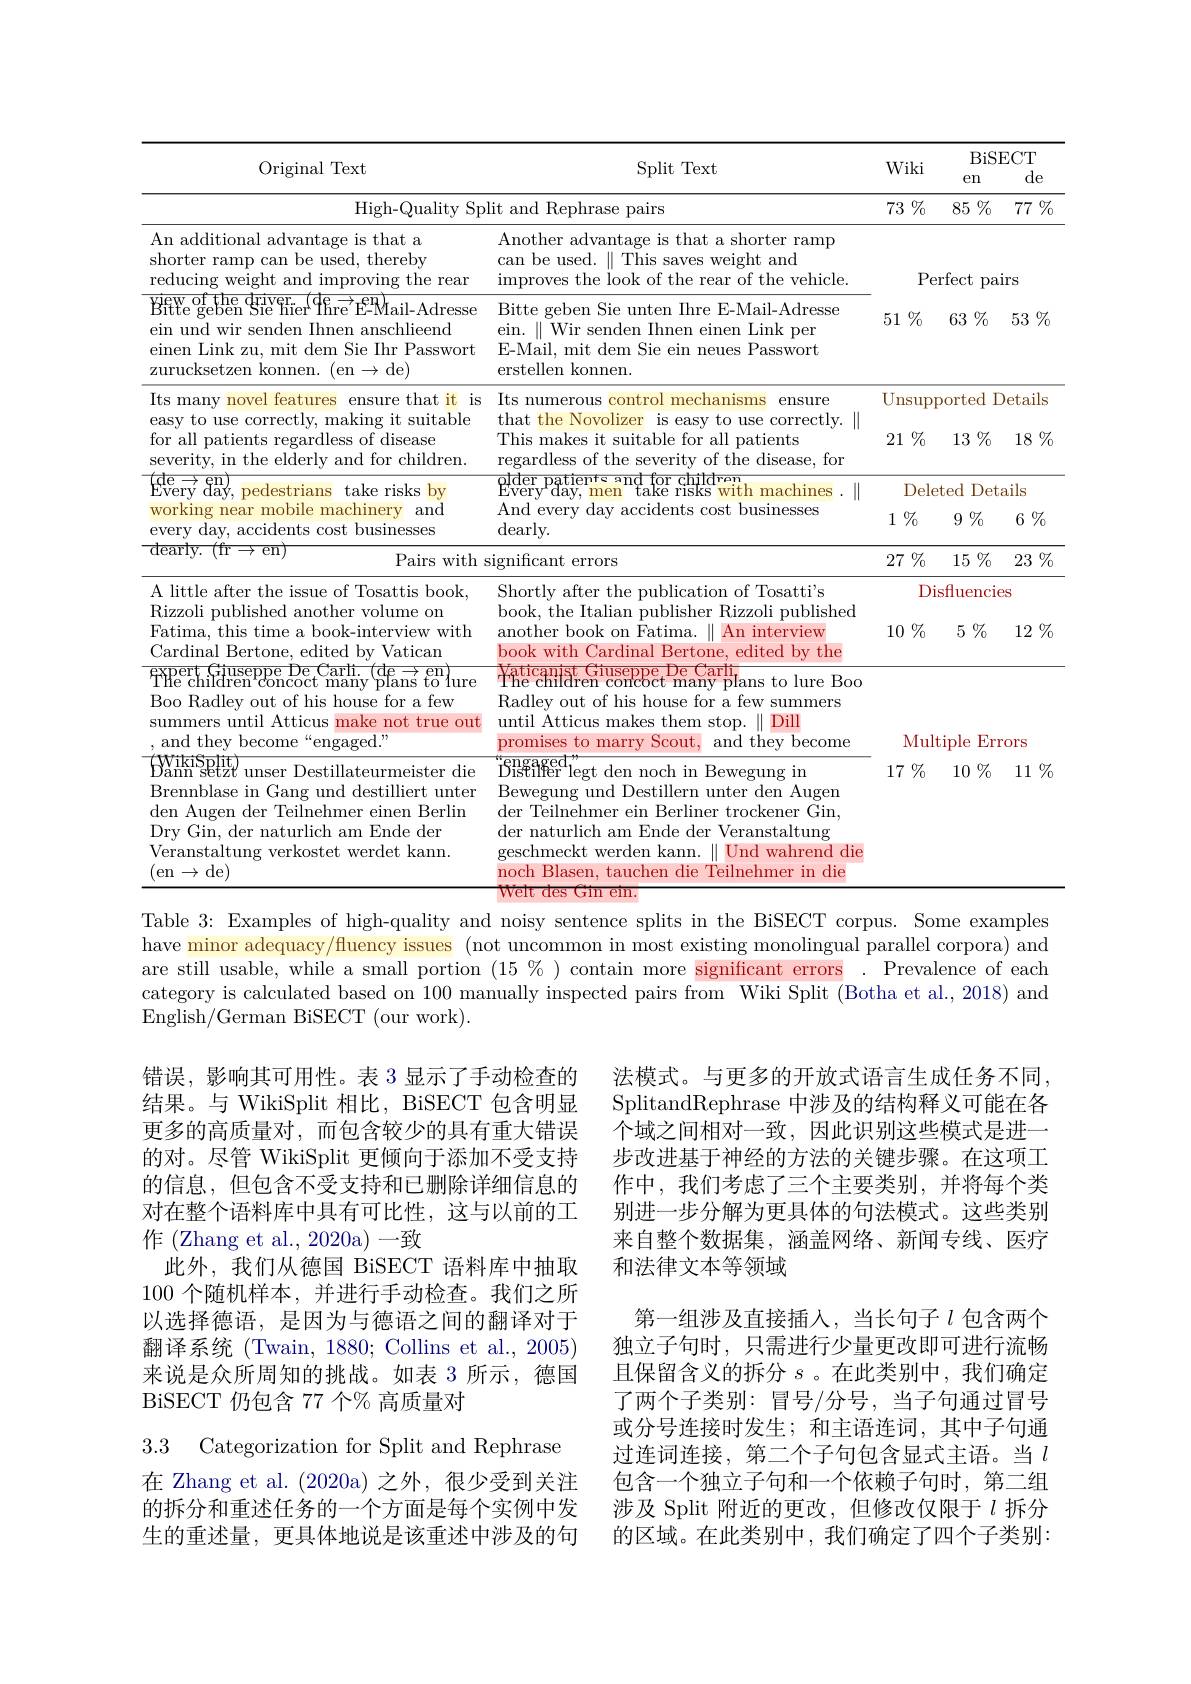
<table>
	<tbody>
		<tr>
			<td>Original Text</td>
			<td>Split Text</td>
			<td>Wiki</td>
			<td>Dlon $en$</td>
			<td> de</td>
		</tr>
		<tr>
			<th>High-Quality Sp</th>
			<th>it and Rephrase pairs</th>
			<th>73 $\%$</th>
			<th>$85\%$</th>
			<th>$\%$ 77</th>
		</tr>
		<tr>
			<td>An additional advantage is that a shorter ramp can be used, thereby reducing weight and improving the rear</td>
			<td>Another advantage is that a shorter ramp can be used.$\parallel$This saves weight and improves the look of the rear of the vehicle.</td>
			<td>Pe</td>
			<td>rfect pal</td>
			<td>$rS$</td>
		</tr>
		<tr>
			<td>${\mathrm{Bitte~geben~Sie~hier}}^{\mathrm{iew~of~the~driver}}{\mathrm{Phre~E-Mail-Adresse}}$ $\mathop{\mathrm{ew~of~the~driven}}_{\mathrm{ser~se~h}}$ ein und wir senden Ihnen anschlieend einen Link zu, mit dem Sie Ihr Passwort zurucksetzen konnen. (en$\to$de)</td>
			<td>Bitte geben Sie unten Ihre E-Mail-Adresse ein. $\parallel$Wir senden Ihnen einen Link per E-Mail. mit dem Sie ein neues Passwort erstellen konnen.</td>
			<td>51 $\%$</td>
			<td>$63\%$</td>
			<td>53 $\%$</td>
		</tr>
		<tr>
			<td>Its many novel features ensure that it is easy to use correctly, making it suitable for all patients regardless of disease severity, in the elderlv and for children.</td>
			<td>Its numerous control mechanisms ensure that the Novolizer is easy to use correctly.$\parallel$ This makes it suitable for all patients regardless of the severity of the disease, for</td>
			<td>UnsupI 21 $\%$</td>
			<td>$\Gamma$ ported $13\%$ 1</td>
			<td>etails 18 $\%$</td>
		</tr>
		<tr>
			<td>$\overline{{\mathrm{de}}}\rightarrow$ en Everv $\textbf{、 }($ day, pedestrians take risks $bv$ working near mobile machinery and every day, accidents cost businesses</td>
			<td>${\mathrm{dder~patients~and~for~children}}$ $\operatorname{Every}^{\mathrm{r}}$day, men take risks with machines 5.1 And every day accidents cost businesses dearly. </td>
			<td>Dele $1\%$ </td>
			<td>$Det\epsilon$ $\exists$ted $9\%$</td>
			<td>ails $6\%$</td>
		</tr>
		<tr>
			<td>$\overline{\mathrm{dearlv.}}$ (TT $en$ $|\rho_{c}$</td>
			<td>'S</td>
			<td>27</td>
			<td>15</td>
			<td>23</td>
		</tr>
		<tr>
			<td>$\operatorname{dearly.}$ (fr$\rightarrow$en, Pairs with</td>
			<td>ignificant errors</td>
			<td>27 $\%$</td>
			<td>$15\%$</td>
			<td>$\%$ 23</td>
		</tr>
		<tr>
			<td>Fatıma, thıs tıme a book-ıntervıew wıth Cardinal Bertone, edited by Vatican $\begin{array}{l}{\mathrm{Car~unal~Der~tone,~eunteu~by~vaticant}}\\{\mathrm{THe~children~concoct~many~plans~to}}\end{array}$ Boo Radlev out of his house for a few summers until Atticus s make not true out , and they become“engaged.”</td>
			<td>another book on Fatıma. An intervlew book with Cardinal Bertone, edited by the Yaticanist Giuseppe,De Carli The children concbct many plans to lure Boo Radley out of his house for a few summers until Atticus makes them stop. .11 11 Dill promises to marry Scout and they become</td>
			<td>$10\%$ Mult</td>
			<td>tiple Err</td>
			<td>$12\%$ Ors</td>
		</tr>
		<tr>
			<td>WikiSplit Dann setzt unser Destillateurmeister die Brennblase in Gang und destilliert unter den Augen der Teilnehmer einen Berlin Dry Gin, der naturlich am Ende der Veranstaltung verkostet werdet kann. (en$\to$de)</td>
			<td>$\begin{array}{l}{\text{Bisfilfer"legt den noch in Bewegung in}}\\{\text{Bewegung und Destillern unter den Au}}\end{array}$ Bewegung und Destillern unter den Augen der $\bar{\text{Teilnehmer ein Berliner trockener Gin}} $, der naturlich am Ende der Veranstaltung geschmeckt werden kann. $..\parallel$Und wahrend die noch Blasen. tauchen die Teilnehmer in die</td>
			<td>$17\%$</td>
			<td>$10\%$</td>
			<td>11 $\%$</td>
		</tr>
	</tbody>
</table>

Table 3: Examples of high-quality and noisy sentence splits in the BiSECT corpus. Some examples

have minor adequacy/fluency issues (not uncommon in most existing monolingual parallel corpora) and are still usable, while a small portion $(15\%)$ contain more significant errors . Prevalence of each category is calculated based on 100 manually inspected pairs from Wiki Split (Botha et al., 2018) and English/German BiSECT (our work).

法模式。与更多的开放式语言生成任务不同， SplitandRephrase 中涉及的结构释义可能在各个域之间相对一致，因此识别这些模式是进一步改进基于神经的方法的关键步骤。在这项工作中，我们考虑了三个主要类别，并将每个类别进一步分解为更具体的句法模式。这些类别来自整个数据集，涵盖网络、新闻专线、医疗和法律文本等领域

错误，影响其可用性。表 3 显示了手动检查的结果。与 WikiSplit 相比，BiSECT 包含明显更多的高质量对，而包含较少的具有重大错误的对。尽管 WikiSplit 更倾向于添加不受支持的信息，但包含不受支持和已删除详细信息的对在整个语料库中具有可比性，这与以前的工作(Zhang et al., 2020a)一致
此外，我们从德国 BiSECT 语料库中抽取100个随机样本，并进行手动检查。我们之所以选择德语，是因为与德语之间的翻译对于翻译系统(Twain, 1880; Collins et al., 2005) 来说是众所周知的挑战。如表 3 所示，德国BiSECT 仍包含 77 个% 高质量对

第一组涉及直接插入，当长句子$\iota$包含两个独立子句时，只需进行少量更改即可进行流畅且保留含义的拆分$s$ 。在此类别中，我们确定了两个子类别：冒号/分号，当子句通过冒号或分号连接时发生；和主语连词，其中子句通过连词连接，第二个子句包含显式主语。当$l$ 包含一个独立子句和一个依赖子句时，第二组涉及 Split 附近的更改，但修改仅限于$\iota$拆分的区域。在此类别中，我们确定了四个子类别：

3.3 Categorization for Split and Rephrase

在 Zhang et al.(2020a)之外，很少受到关注的拆分和重述任务的一个方面是每个实例中发生的重述量，更具体地说是该重述中涉及的句